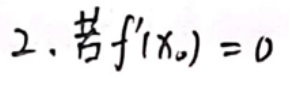
2. 若 \(f'(x_0)=0\)